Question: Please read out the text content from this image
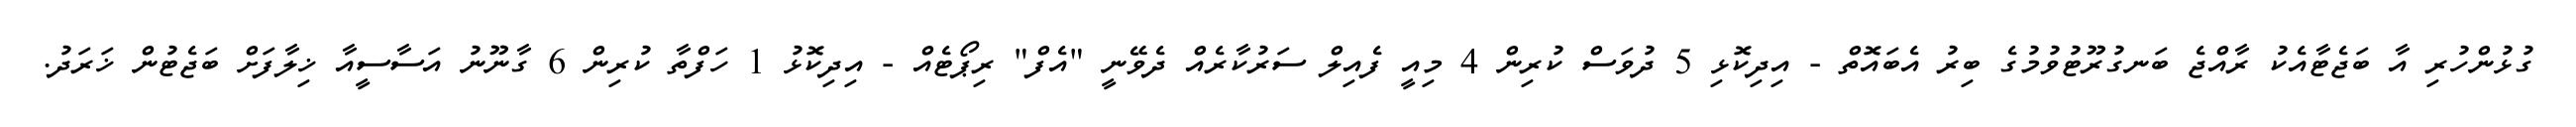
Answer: ގުޅުންހުރި އާ ބަޖެޓާއެކު ރާއްޖެ ބަނގުރޫޓުވުމުގެ ބިރު އެބައޮތް - އިދިކޮޅި 5 ދުވަސް ކުރިން 4 މިއީ ފެއިލް ސަރުކާރެއް ދެވޭނީ "އެފް" ރިޕޯޓެއް - އިދިކޮޅު 1 ހަފްތާ ކުރިން 6 ގާނޫނު އަސާސީއާ ޚިލާފަށް ބަޖެޓުން ޚަރަދު.